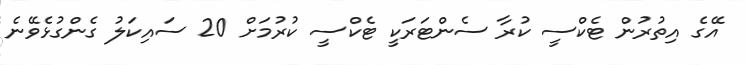
އޭގެ އިތުރުން ޓެކްސީ ކުރާ ސެންޓަރަކީ ޓެކްސީ ކުރުމަށް 20 ސައިކަލު ގެންގުޅެވޭނެ